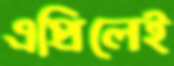
এপ্রিলেই